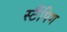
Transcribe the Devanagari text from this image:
स्टैंपिग